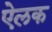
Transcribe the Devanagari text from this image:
ऐलक